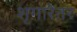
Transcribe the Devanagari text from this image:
शृंगारेतर